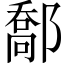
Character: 𨝰